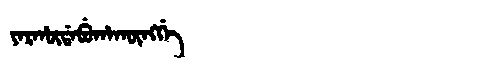
Manchu: ᠶᠠᡵᡥᡡᡩᠠᠪᡠᡥᠠᡴᡡᠩᡤᡝ
Romanization: YARHŪDABUHAKŪNGGE